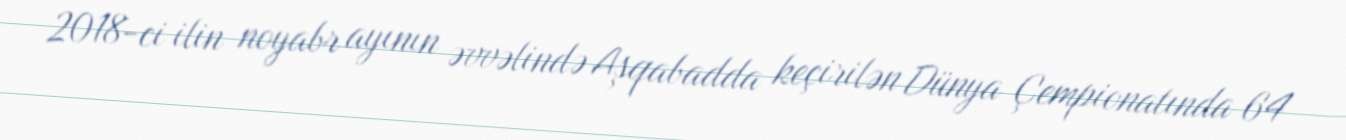
2018-ci ilin noyabr ayının əvvəlində Aşqabadda keçirilən Dünya Çempionatında 64